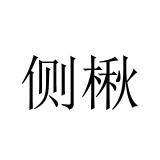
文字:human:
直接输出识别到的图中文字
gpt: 侧楸